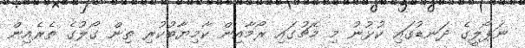
ނަޕޯލީގެ ދަނޑުގައި ކުޅުނު މި މެޗުގައި ރޯމާއިން ކާމިޔާބުކުރި ތިން ގޯލުގެ ތެރެއިން